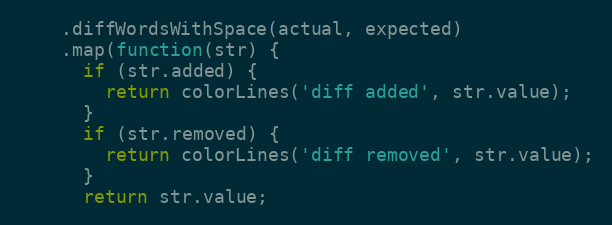
Language: JavaScript
    .diffWordsWithSpace(actual, expected)
    .map(function(str) {
      if (str.added) {
        return colorLines('diff added', str.value);
      }
      if (str.removed) {
        return colorLines('diff removed', str.value);
      }
      return str.value;